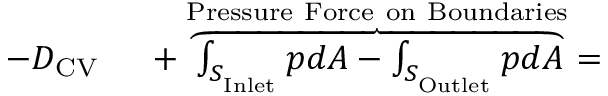
\begin{array} { r l } { - D _ { \mathrm { C V } } \ } & { { } + \overbrace { \int _ { S _ { _ \mathrm { I n l e t } } } p d A - \int _ { S _ { _ \mathrm { O u t l e t } } } p d A } ^ { \mathrm { P r e s s u r e \ F o r c e \ o n \ B o u n d a r i e s } } = } \end{array}